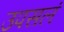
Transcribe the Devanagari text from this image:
उपसलं